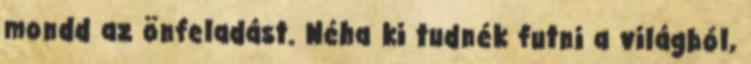
mondd az önfeladást. Néha ki tudnék futni a világból,